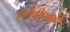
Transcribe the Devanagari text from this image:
एटीपीप्रमाणे